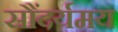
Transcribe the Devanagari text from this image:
सौंदर्यमय